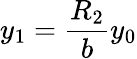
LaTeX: y_{1}=\frac{R_{2}}{b}y_{0}